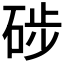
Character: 𥒼